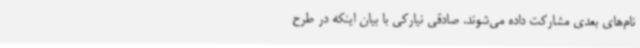
نام‌های بعدی مشارکت داده می‌شوند. صادقی نیارکی با بیان اینکه در طرح